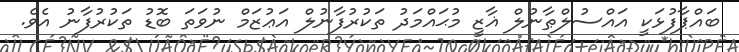
ބައްޕާފުޅަކީ އައްސުލްޠާނުލް ޣާޒީ މުޙައްމަދު ތަކުރުފާނުލް އަޢުޒަމް ނުވަތަ ބޮޑު ތަކުރުފާނު އެވެ.